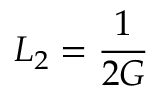
L _ { 2 } = { \frac { 1 } { 2 G } }